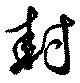
封